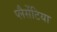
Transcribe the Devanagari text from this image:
प्लैसेंटिया